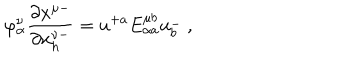
LaTeX: \varphi _ { \alpha } ^ { \nu } { \frac { \partial { x ^ { \mu - } } } { \partial { x _ { h } ^ { \nu - } } } } = u ^ { + a } E _ { \alpha a } ^ { \mu b } u _ { b } ^ { - } \ ,